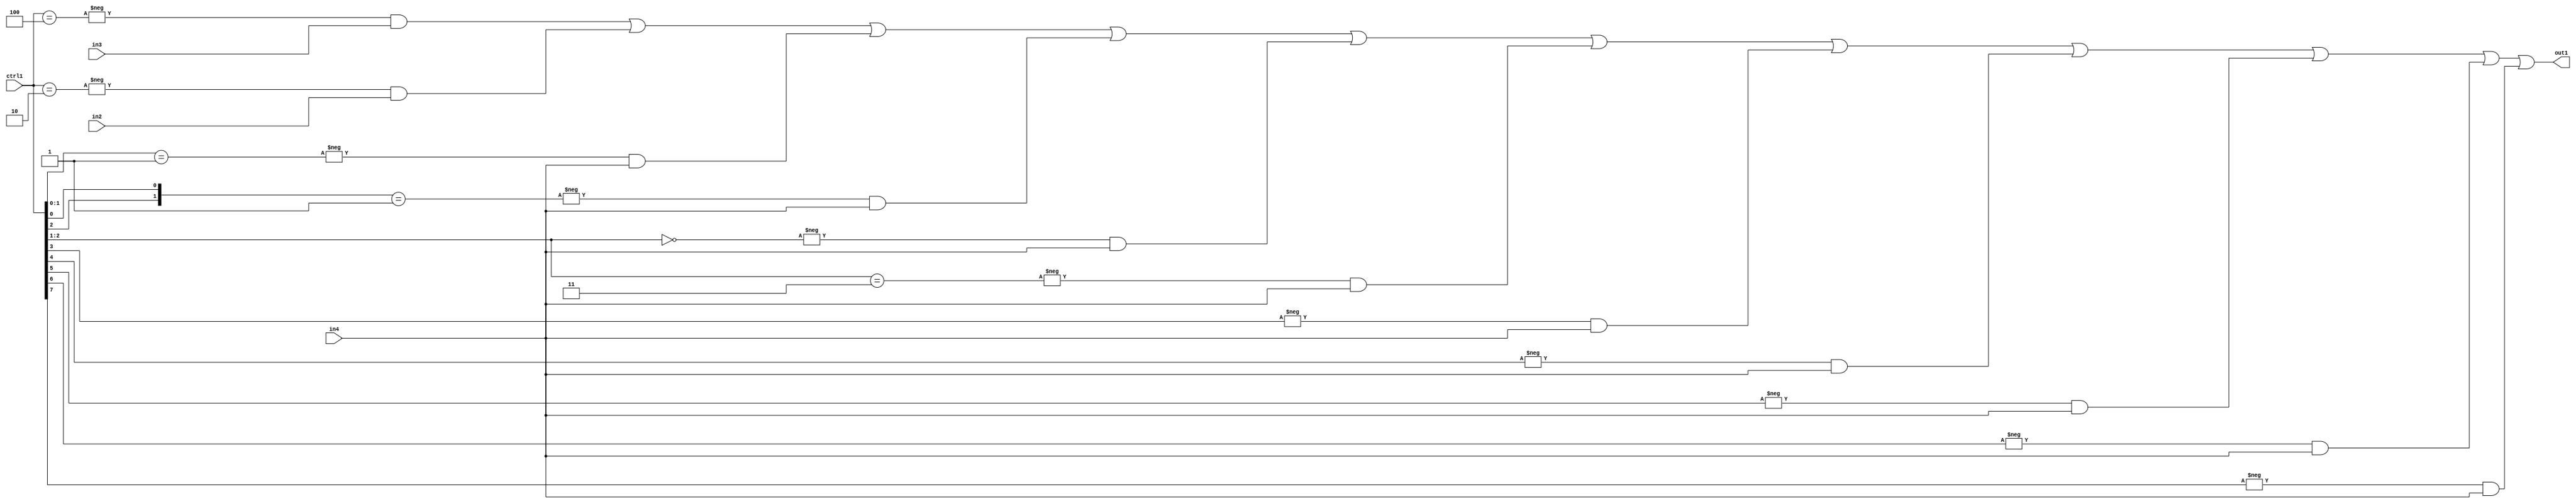
`timescale 1ps / 1ps
/*****************************************************************************
    Verilog RTL Description
    
    
    Created by: Stratus DpOpt 2019.1.01 
*******************************************************************************/

module st_weight_addr_gen_N_Mux_16_3_21_4_0 (
	in4,
	in3,
	in2,
	ctrl1,
	out1
	); /* architecture "behavioural" */ 
input [15:0] in4;
input [13:0] in3;
input [14:0] in2;
input [7:0] ctrl1;
output [15:0] out1;
wire [15:0] asc001;

assign asc001 = 
	-{ctrl1 == 8'B00000100} & in3 |
	-{ctrl1 == 8'B00000010} & in2 |
	-{ctrl1[1:0] == 2'B01} & in4 |
	-{{ctrl1[2], ctrl1[0]} == 2'B01} & in4 |
	-{ctrl1[2:1] == 2'B00} & in4 |
	-{ctrl1[2:1] == 2'B11} & in4 |
	-{ctrl1[3] == 1'B1} & in4 |
	-{ctrl1[4] == 1'B1} & in4 |
	-{ctrl1[5] == 1'B1} & in4 |
	-{ctrl1[6] == 1'B1} & in4 |
	-{ctrl1[7] == 1'B1} & in4 ;

assign out1 = asc001;
endmodule

/* CADENCE  vrj5Qws= : u9/ySgnWtBlWxVPRXgAZ4Og= ** DO NOT EDIT THIS LINE ******/